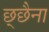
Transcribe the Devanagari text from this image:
छ्छैना